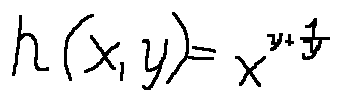
h ( x , y ) = x ^ { y + \frac { 1 } { y } }